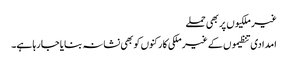
غیر ملکیوں پر بھی حملے
امدادی تنظیموں کے غیر ملکی کارکنوں کو بھی نشانہ بنایا جا رہا ہے۔